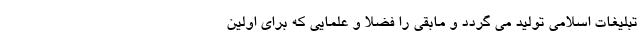
تبلیغات اسلامی تولید می گردد و مابقی را فضلا و علمایی که برای اولین